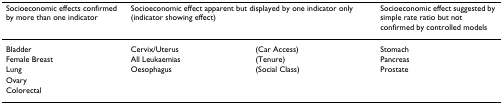
| Socioeconomic effects confirmed by more than one indicator | <COLSPAN=2> Socioeconomic effect apparent but displayed by one indicator only (indicator showing effect) | Socioeconomic effect suggested by simple rate ratio but not confirmed by controlled models |
 | --- | --- | --- | --- |
 | Bladder | Cervix/Uterus | (Car Access) | Stomach |
 | Female Breast | All Leukaemias | (Tenure) | Pancreas |
 | Lung | Oesophagus | (Social Class) | Prostate |
 | Ovary |  |  |  |
 | Colorectal |  |  |  |